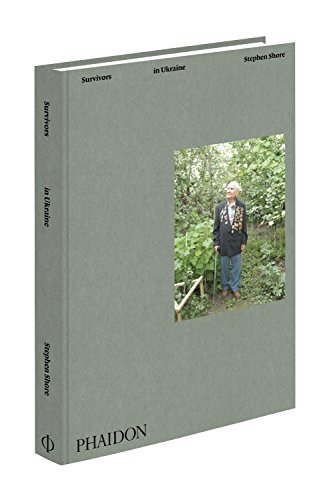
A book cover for Stephen Shore: Survivors in Ukraine; Stephen Shore; Travel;